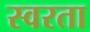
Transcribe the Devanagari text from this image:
स्वरता